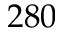
2 8 0